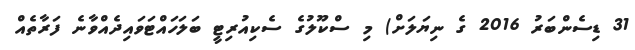
31 ޑިސެންބަރު 2016 ގެ ނިޔަލަށް) މި ސްކޫލުގެ ސެކިއުރިޓީ ބަލަހައްޓަވައިދެއްވާނެ ފަރާތެއް